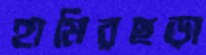
হামিরছড়া